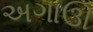
અગાઊ